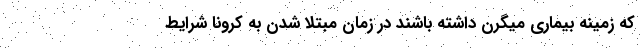
که زمینه بیماری میگرن داشته باشند در زمان مبتلا شدن به کرونا شرایط